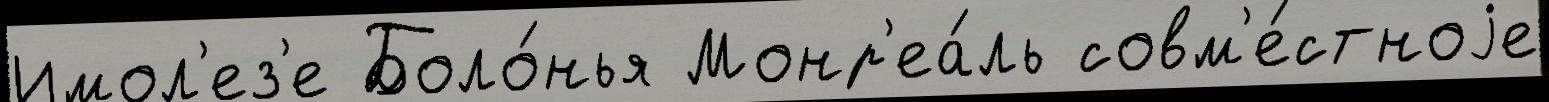
Имол'ез'е Боло́нья Монр'еа́ль совм'е́стноjе